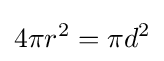
4\pi r^{2}=\pi d^{2}